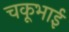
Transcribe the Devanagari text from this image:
चकूभाई